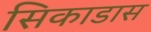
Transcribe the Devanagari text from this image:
सिकाडास